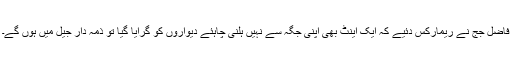
فاضل جج نے ریمارکس دئیے کہ ایک اینٹ بھی اپنی جگہ سے نہیں ہلنی چاہئے دیواروں کو گرایا گیا تو ذمہ دار جیل میں ہوں گے۔